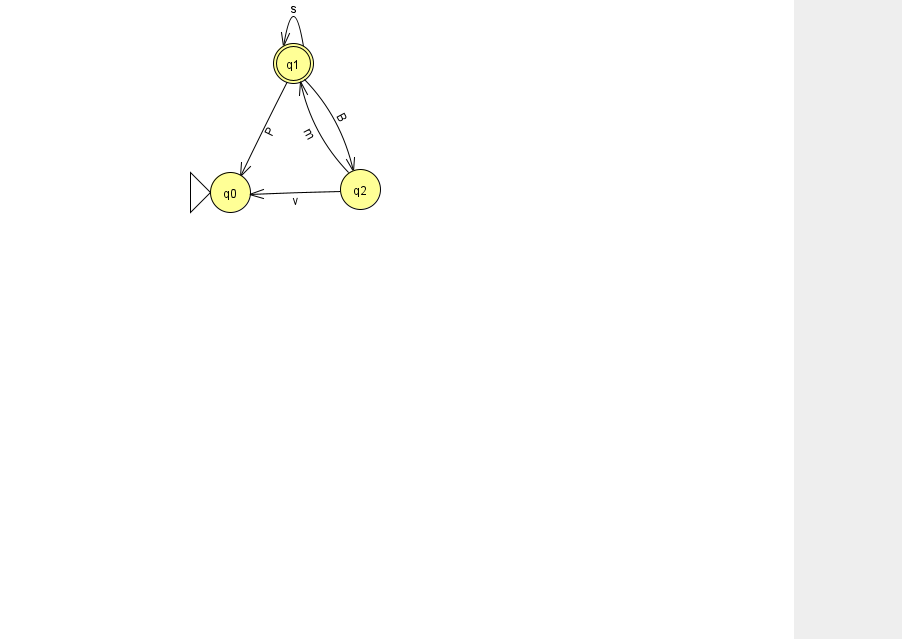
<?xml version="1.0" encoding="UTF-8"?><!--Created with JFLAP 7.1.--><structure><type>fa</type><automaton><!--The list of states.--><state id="0" name="q0"><x>230.0</x><y>179.0</y><initial/></state><state id="1" name="q1"><x>293.0</x><y>50.0</y><final/></state><state id="2" name="q2"><x>360.0</x><y>176.0</y></state><!--The list of transitions.--><transition><from>1</from><to>0</to><read>P</read></transition><transition><from>1</from><to>1</to><read>s</read></transition><transition><from>2</from><to>1</to><read>m</read></transition><transition><from>2</from><to>0</to><read>v</read></transition><transition><from>1</from><to>2</to><read>B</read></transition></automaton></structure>